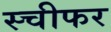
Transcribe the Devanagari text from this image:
स्चीफर